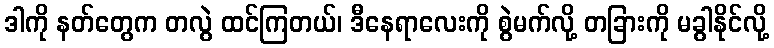
ဒါကို နတ်တွေက တလွဲ ထင်ကြတယ်၊ ဒီနေရာလေးကို စွဲမက်လို့ တခြားကို မခွါနိုင်လို့